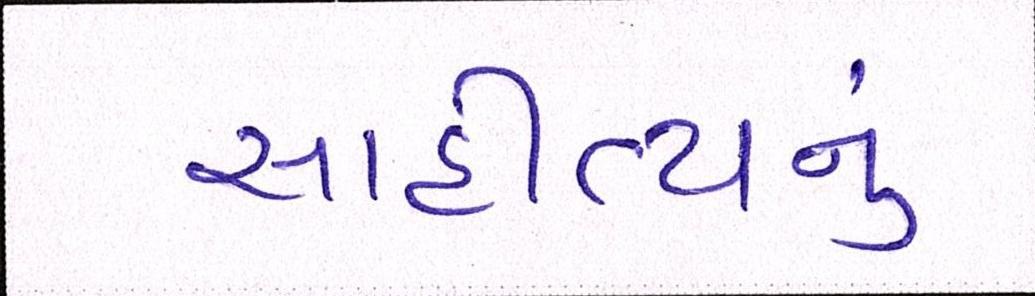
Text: સાહીત્યનું